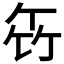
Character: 𥫧